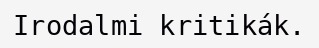
Irodalmi kritikák.